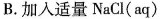
B.加入适量NaCl(aq)